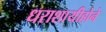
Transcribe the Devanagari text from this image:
धराशायीहोने